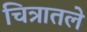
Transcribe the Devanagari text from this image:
चित्रातले